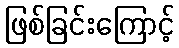
ဖြစ်ခြင်းကြောင့်